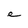
Character: e